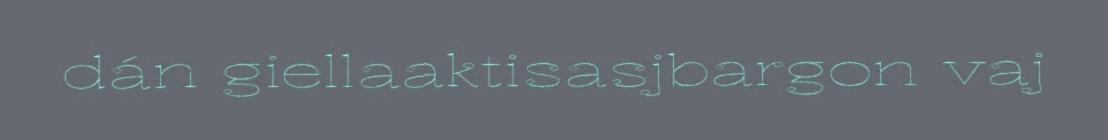
dán giellaaktisasjbargon vaj